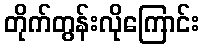
တိုက်တွန်းလိုကြောင်း